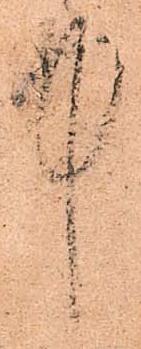
中